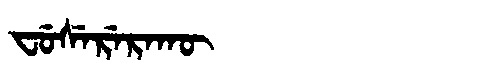
Manchu: ᠸᡠᠰᡝᡵᡝᡵᠠᡴᡡ
Romanization: FUSERERAKŪ